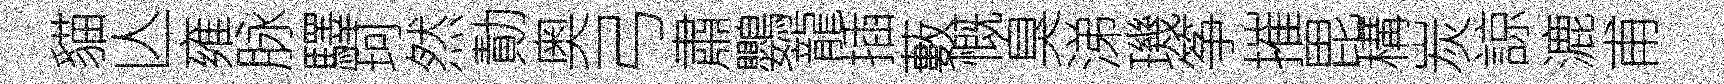
貓亾雍脉驛珂然勣奥弓肅鸚龍插藪慨臭涕璣筝摧毘構炭諒漉甫